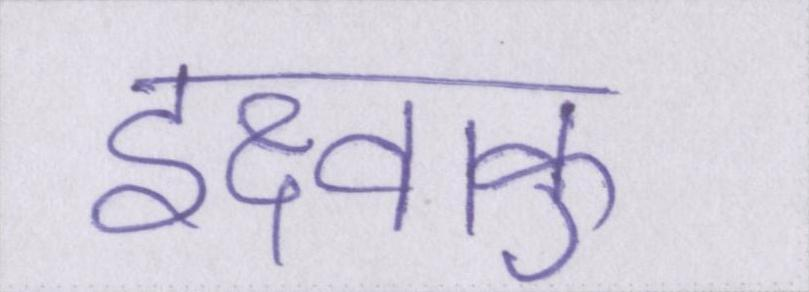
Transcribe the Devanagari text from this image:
इक्ष्वाकु